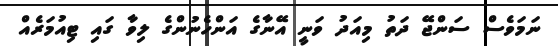
ނަމަވެސް ސަންޖޭ ދަތު މިއަދު ވަނީ އޭނާގެ އަންހެނުންގެ ލިވާ ގައި ޓިއުމަރެއް